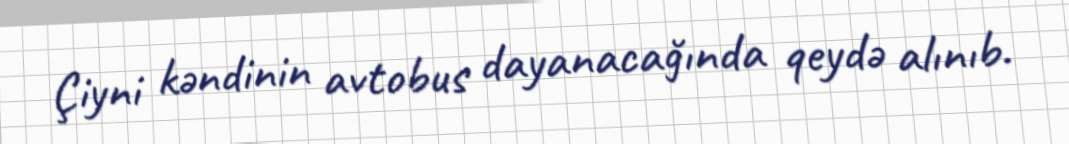
Çiyni kəndinin avtobus dayanacağında qeydə alınıb.